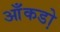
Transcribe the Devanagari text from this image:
आँकडो़